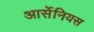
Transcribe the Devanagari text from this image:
आर्सेनियस